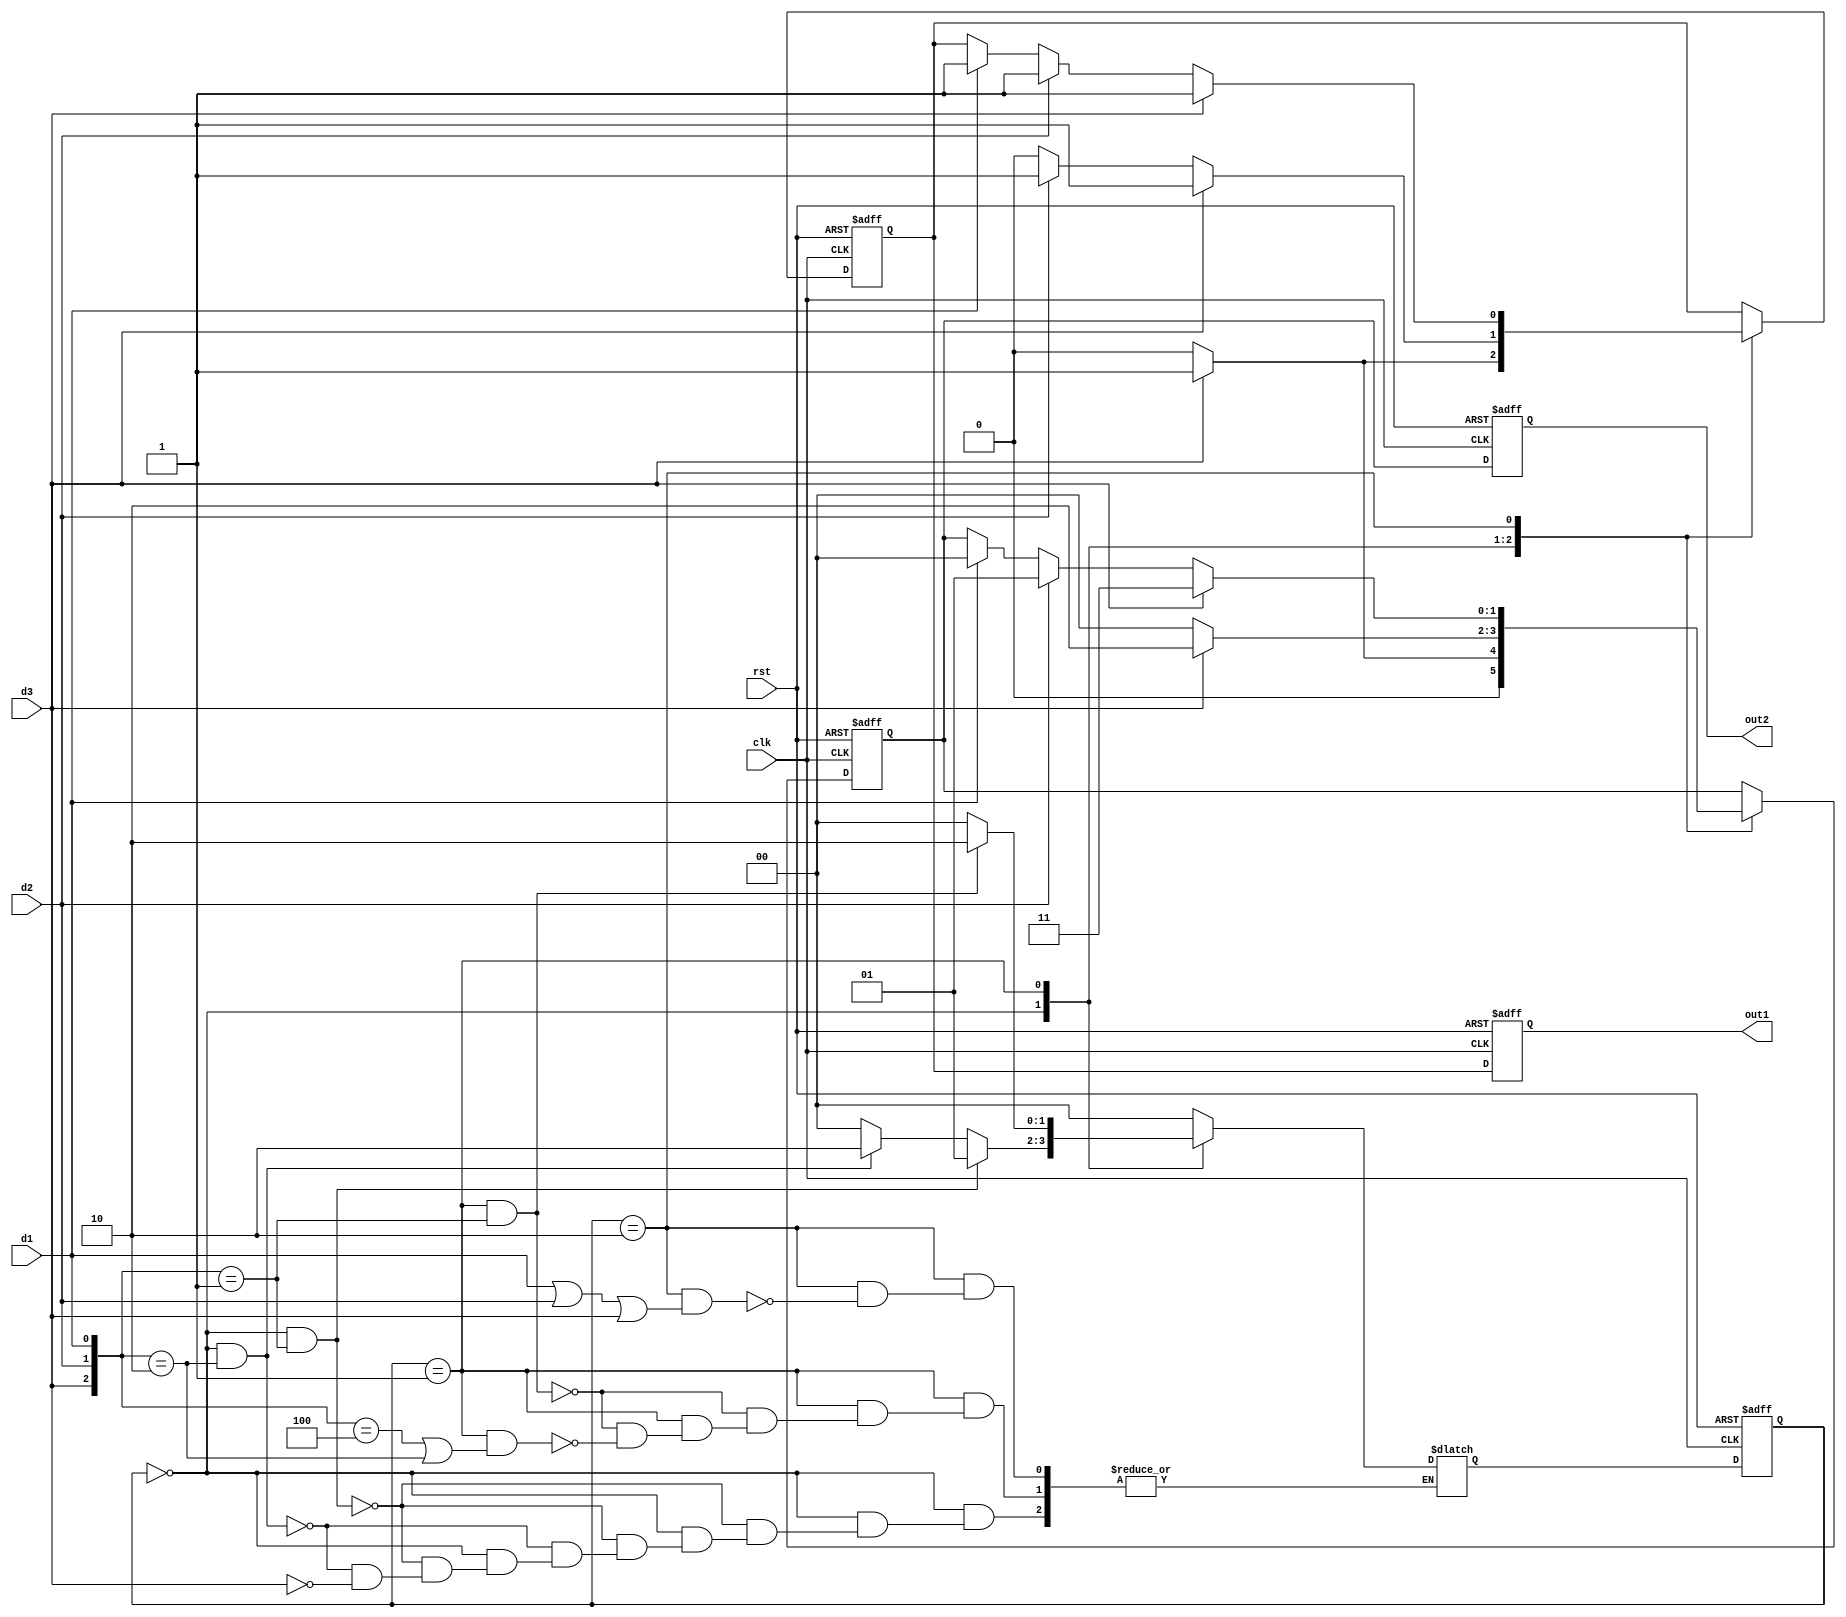
`timescale 1ns/1ns
module seller1(
	input wire clk  ,
	input wire rst  ,
	input wire d1 ,
	input wire d2 ,
	input wire d3 ,
	
	output reg out1,
	output reg [1:0]out2
);
//*************code***********//
parameter IDLE = 2'd0;
parameter S1 = 2'd1;
parameter S2 = 2'd2;

reg [1:0] state_c;
reg [1:0] state_n;
wire idl2s1_start;
wire s12s2_start;
wire s22idl_start;
wire idl2s2_start;		
wire s12idl_start;		
wire [2:0] data_in;	

assign data_in = {d3,d2,d1};
//always(
always@(posedge clk or negedge rst)begin
	if(!rst)begin
		state_c <= IDLE;
	end
	else begin
		state_c <= state_n;
	end
end
					
//always
always@(*)begin
	case(state_c)
		IDLE:begin
			if(idl2s1_start)begin
				state_n = S1;
			end
			else if (idl2s2_start) begin
				state_n = S2;
			end
			else if (d3== 1) begin
				state_n = IDLE;
			end
			else begin
				state_n = state_n;
			end
		end
		S1:begin
			if(s12s2_start)begin
				state_n = S2;
			end
			else if (s12idl_start) begin
				state_n = IDLE;
			end
			else begin
				state_n = state_n;
			end
		end
		S2:begin
			if(s22idl_start)begin
				state_n = IDLE;
			end
			else begin
				state_n = state_n;
			end
		end
		default:begin
			state_n = IDLE;
		end
	endcase
end
					
//
assign idl2s1_start  = state_c==IDLE && data_in == 3'b001 ;
assign idl2s2_start  = state_c==IDLE && data_in == 3'b010 ;

assign s12s2_start = state_c==S1    && data_in == 3'b001 ;
assign s12idl_start = state_c==S1    && (data_in == 3'b100 || data_in == 3'b010) ;
assign s22idl_start  = state_c==S2    && (d1 || d2 || d3) ;

reg [1:0] out2_tmp;
reg out1_tmp;

//always
always  @(posedge clk or negedge rst)begin
	if(!rst)begin
		out1_tmp <=1'b0;      //
		out2_tmp <= 0;
	end
	else begin
		case (state_c)
		IDLE:begin
			if (d3 == 1) begin
				out1_tmp <= 1'b1;
				out2_tmp <= 1;
			end
			else begin
				out1_tmp <= 1'b0;
				out2_tmp <= 0;	
			end
		end
		S1:begin
			if (d3 == 1) begin
				out1_tmp <= 1'b1;
				out2_tmp <= 2;
			end
			else if (d2 == 1) begin
				out1_tmp <= 1'b1;
				out2_tmp <= 0;
			end
			else begin
				out1_tmp <= 1'b0;
				out2_tmp <= 0;	
			end
		end
		S2:begin
			if (d3 == 1) begin
				out1_tmp <= 1'b1;
				out2_tmp <= 3;
			end
			else if (d2 == 1) begin
				out1_tmp <= 1'b1;
				out2_tmp <= 1;
			end
			else if(d1 == 1)begin
				out1_tmp <= 1'b1;
				out2_tmp <= 0;	
			end
		end
			
		endcase
	end
end


always  @(posedge clk or negedge rst)begin
	if(rst==1'b0)begin
		out1 <= 0;
		out2 <= 0;
	end
	else begin
		out1 <= out1_tmp;
		out2 <= out2_tmp;	
	end
end
//*************code***********//
endmodule